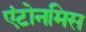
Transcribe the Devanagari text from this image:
एंटोनमिस